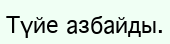
Түйе азбайды.